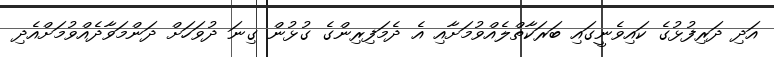
އަދި ދަރިފުޅުގެ ކައިވެނީގައި ބަރަކާތްލެއްވުމަށާއި އެ ދެމަފިރިންގެ ގުޅުން ގިނަ ދުވަހަށް ދަންމަވާދެއްވުމަށްއެދި